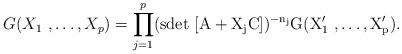
LaTeX: \begin{align*}G(X_1 \ , \dots, X_p) = \prod _{j=1}^p(\rm{sdet}\ [A+ X_j C])^{-n_j}G(X_1^\prime \ , \dots,X^\prime_p).\end{align*}